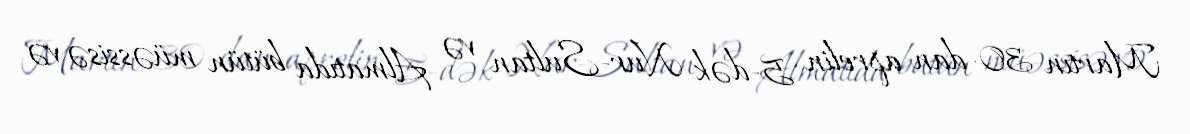
Martın 30-dan aprelin 5-dək Nur-Sultan və Almatıda bütün müəssisə və